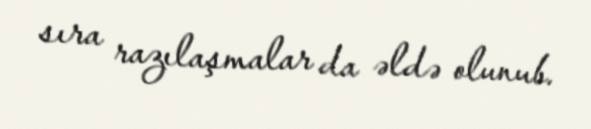
sıra razılaşmalar da əldə olunub.